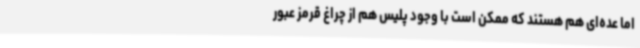
اما عده‌ای هم هستند که ممکن است با وجود پلیس هم از چراغ قرمز عبور